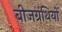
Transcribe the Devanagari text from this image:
बीजग्रंथियों